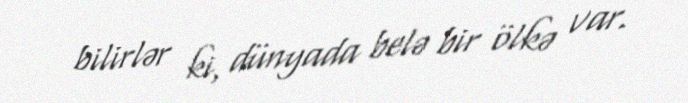
bilirlər ki, dünyada belə bir ölkə var.